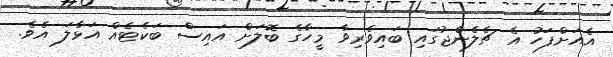
އެއަށްފަހު އެ ޗެލެންޖުގައި ބައިވެރިވާ މީހާގެ ބޮލަށް އައިސް ބަކެޓެއް އަޅާލަ އެވެ.